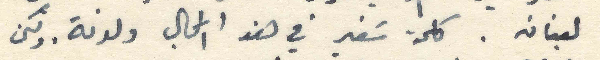
لبنان. كلمة سَفير في هذا المجال ولدنة. ولكن